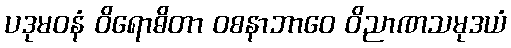
ပဒုမဝနံ ဝိရောဓိတာ ဝစနာဘာဝေ ဝိညာဏသမုဒယံ